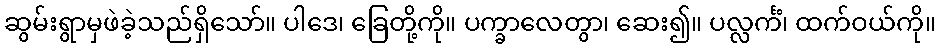
ဆွမ်းရွာမှဖဲခဲ့သည်ရှိသော်။ ပါဒေ၊ ခြေတို့ကို။ ပက္ခာလေတွာ၊ ဆေး၍။ ပလ္လင်္ကံ၊ ထက်ဝယ်ကို။